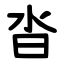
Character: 沓